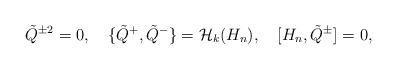
LaTeX: \begin{align*}\tilde{Q}{}^{\pm 2}=0,\quad\{\tilde{Q}{}^+,\tilde{Q}{}^-\}={\cal H}_k(H_n),\quad[H_n,\tilde{Q}{}^\pm]=0,\end{align*}